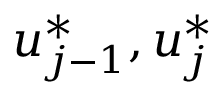
u _ { j - 1 } ^ { * } , u _ { j } ^ { * }